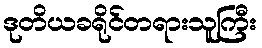
ဒုတိယခရိုင်တရားသူကြီး